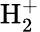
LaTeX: \textrm{H}_{2}^{+}